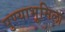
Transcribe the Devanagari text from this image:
पुण्याभूमिला